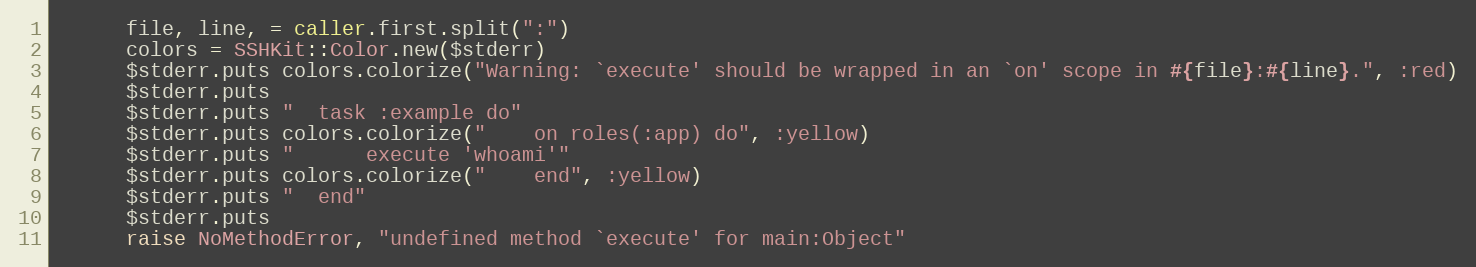
Language: Ruby
      file, line, = caller.first.split(":")
      colors = SSHKit::Color.new($stderr)
      $stderr.puts colors.colorize("Warning: `execute' should be wrapped in an `on' scope in #{file}:#{line}.", :red)
      $stderr.puts
      $stderr.puts "  task :example do"
      $stderr.puts colors.colorize("    on roles(:app) do", :yellow)
      $stderr.puts "      execute 'whoami'"
      $stderr.puts colors.colorize("    end", :yellow)
      $stderr.puts "  end"
      $stderr.puts
      raise NoMethodError, "undefined method `execute' for main:Object"